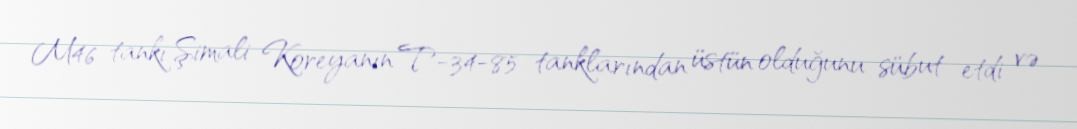
M46 tankı Şimali Koreyanın T-34-85 tanklarından üstün olduğunu sübut etdi və